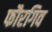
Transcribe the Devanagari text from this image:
फौरगिव